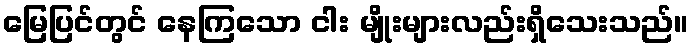
မြေပြင်တွင် နေကြသော ငါး မျိုးများလည်းရှိသေးသည်။